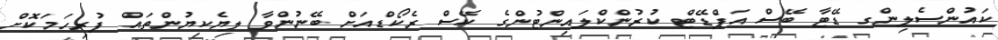
ކައުންސެލިންގ ޑޭޓާ ބޭސް އަޕްޑޭޓް ކުރުންކްލައިންޓުންގެ ކޭސް ރެކޯޑްއަށް ބޭނުންވާ ލިޔެކިޔުންތައް ފުރިހަމަކޮށް